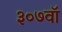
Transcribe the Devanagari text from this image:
३०७वॉ